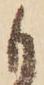
も